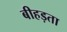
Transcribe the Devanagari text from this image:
बीहड़ता